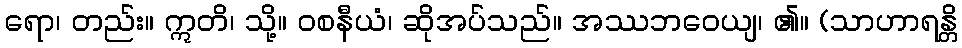
ရော၊ တည်း။ ဣတိ၊ သို့။ ဝစနီယံ၊ ဆိုအပ်သည်။ အဿဘဝေယျ၊ ၏။ (သာဟာရန္တိ